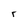
Character: r